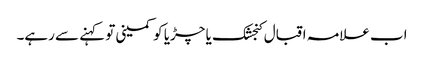
اب علامہ اقبال کنجشک یا چڑیا کو کمینی تو کہنے سے رہے۔